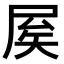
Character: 𡱢